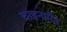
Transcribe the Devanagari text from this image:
चाइनामैन